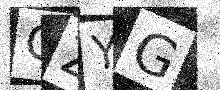
Text: GZYG